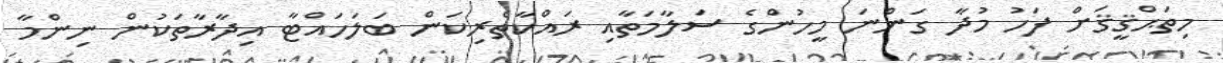
މިތަޙްޤީޤަށް ފަހު މުދާ ގަންނަ މީހުންގެ ސަލާމަތާއި ރައްކާތެރިކަން ބަލަހައްޓާ އިދާރާތަކުން ނިންމާ